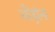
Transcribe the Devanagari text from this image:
औंड्रांना